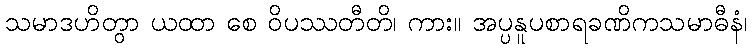
သမာဒဟိတွာ ယထာ စေ ဝိပဿတီတိ၊ ကား။ အပ္ပနူပစာရခဏိကသမာဓီနံ၊